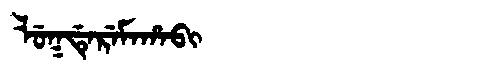
Manchu: ᠯᡠᡴᡩᡝᡵᡝᠮᠠᡥᠠᠪᡳ
Romanization: LUKDEREMAHABI